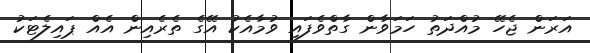
އަރަން ޖެހޭ މުއްދަތު ހަމަވާން ގާތްވެފައި ވުމާއެކު އޭގެ ތެރެއިން އެއް ޕައިލެޓަކު